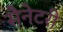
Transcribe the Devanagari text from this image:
सैनेटरी